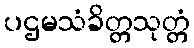
ပဌမသံခိတ္တသုတ္တံ